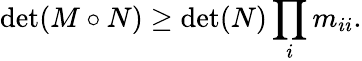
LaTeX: \operatorname*{det}(M\circ N)\geq\operatorname*{det}(N)\prod_{i}m_{ii}.